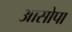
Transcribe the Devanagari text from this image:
आसोपा